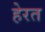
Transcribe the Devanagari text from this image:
हेरत